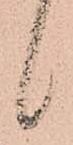
候